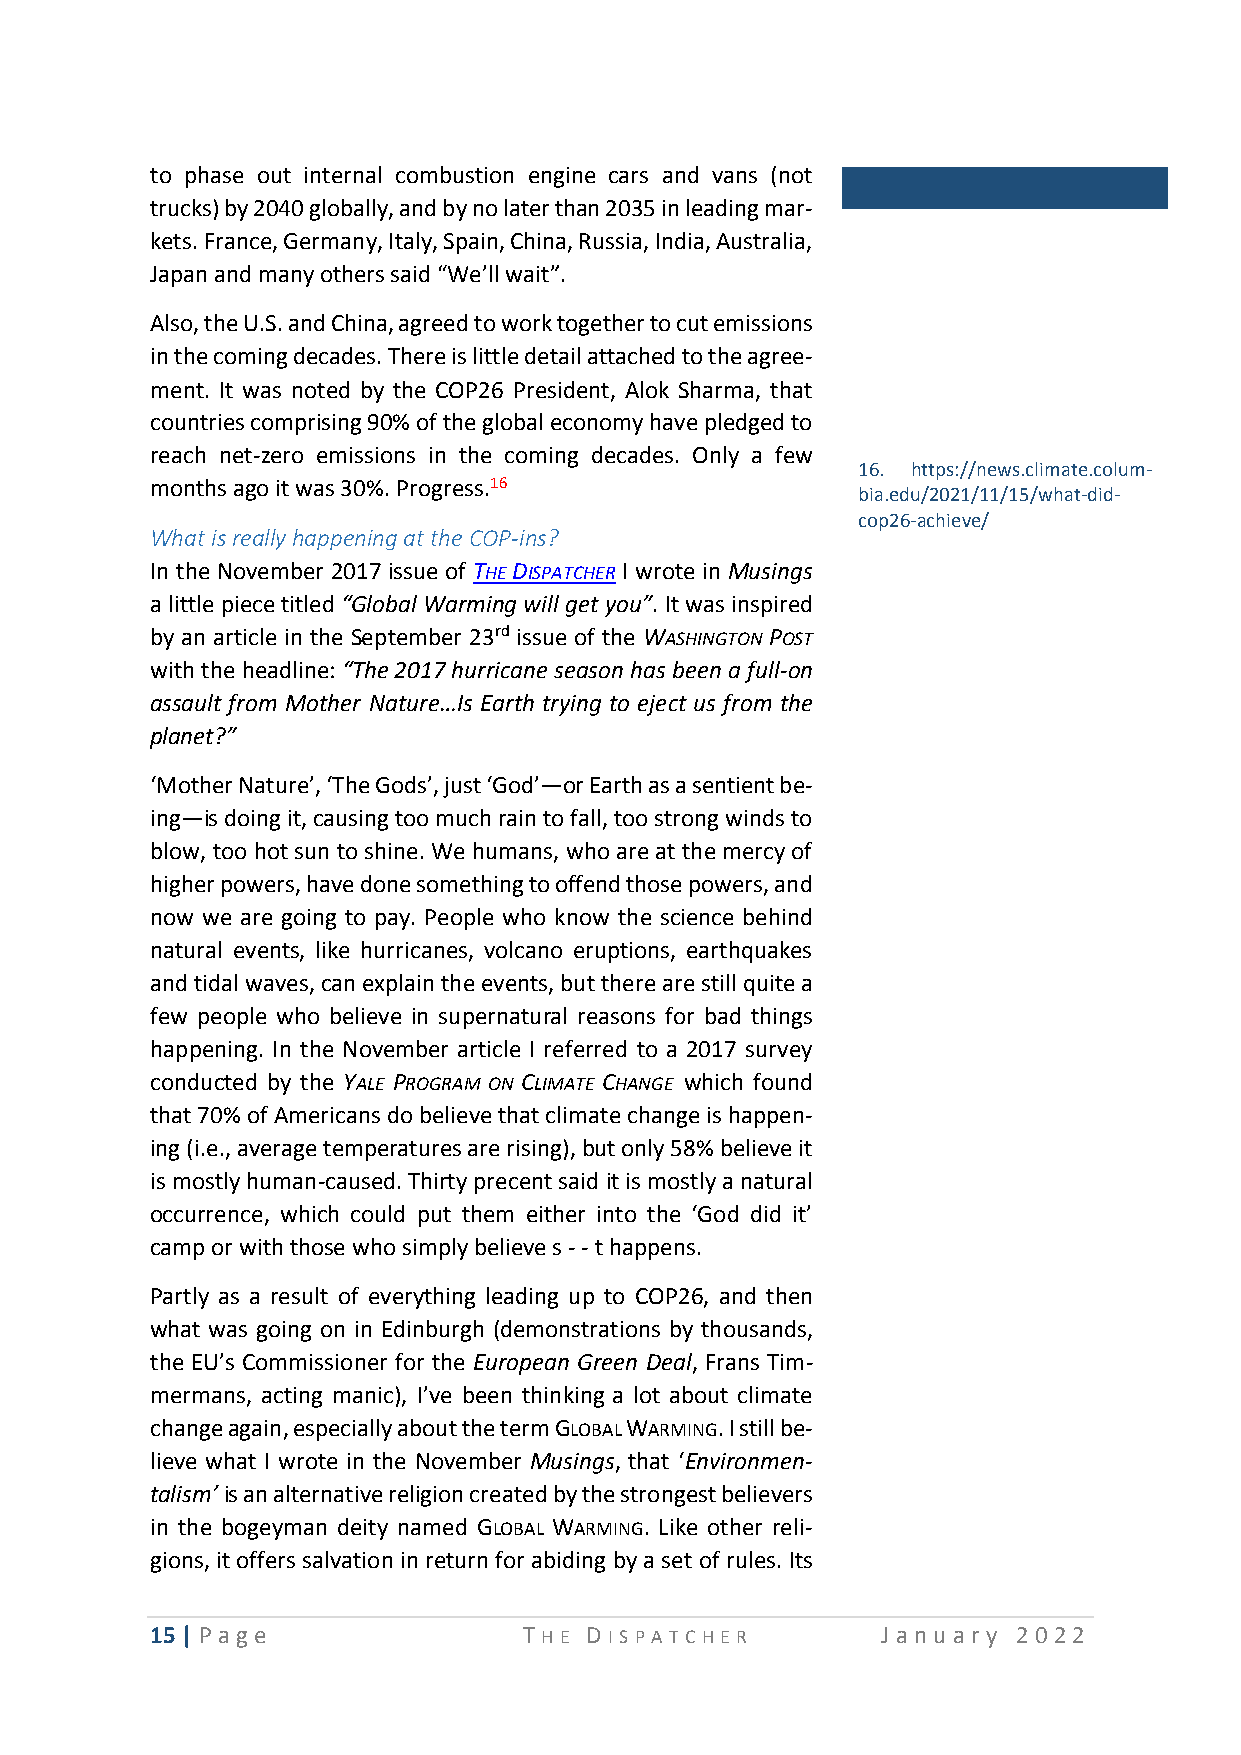
to phase out internal combustion engine cars and vans (not
 trucks) by 2040 globally, and by no later than 2035 in leading mar-
 kets. France, Germany, Italy, Spain, China, Russia, India, Australia,
 Japan and many others said “We’ll wait”.
 Also, the U.S. and China, agreed to work together to cut emissions
 in the coming decades. There is little detail attached to the agree-
 ment. It was noted by the COP26 President, Alok Sharma, that
 countries comprising 90% of the global economy have pledged to
 reach net-zero emissions in the coming decades. Only a few
 16. https://news.climate.colum-
 months ago it was 30%. Progress.16
 bia.edu/2021/11/15/what-did-
 cop26-achieve/
 What is really happening at the COP-ins?
 In the November 2017 issue of THE DISPATCHER I wrote in Musings
 a little piece titled “Global Warming will get you”. It was inspired
 by an article in the September 23rd issue of the WASHINGTON POST
 with the headline: “The 2017 hurricane season has been a full-on
 assault from Mother Nature…Is Earth trying to eject us from the
 planet?”
 ‘Mother Nature’, ‘The Gods’, just ‘God’—or Earth as a sentient be-
 ing—is doing it, causing too much rain to fall, too strong winds to
 blow, too hot sun to shine. We humans, who are at the mercy of
 higher powers, have done something to offend those powers, and
 now we are going to pay. People who know the science behind
 natural events, like hurricanes, volcano eruptions, earthquakes
 and tidal waves, can explain the events, but there are still quite a
 few people who believe in supernatural reasons for bad things
 happening. In the November article I referred to a 2017 survey
 conducted by the YALE PROGRAM ON CLIMATE CHANGE which found
 that 70% of Americans do believe that climate change is happen-
 ing (i.e., average temperatures are rising), but only 58% believe it
 is mostly human-caused. Thirty precent said it is mostly a natural
 occurrence, which could put them either into the ‘God did it’
 camp or with those who simply believe s - - t happens.
 Partly as a result of everything leading up to COP26, and then
 what was going on in Edinburgh (demonstrations by thousands,
 the EU’s Commissioner for the European Green Deal, Frans Tim-
 mermans, acting manic), I’ve been thinking a lot about climate
 change again, especially about the term GLOBAL WARMING. I still be-
 lieve what I wrote in the November Musings, that ‘Environmen-
 talism’ is an alternative religion created by the strongest believers
 in the bogeyman deity named GLOBAL WARMING. Like other reli-
 gions, it offers salvation in return for abiding by a set of rules. Its
 15 | P age               T HE D I SP A T CHE R  Ja n u ary 2 0 22